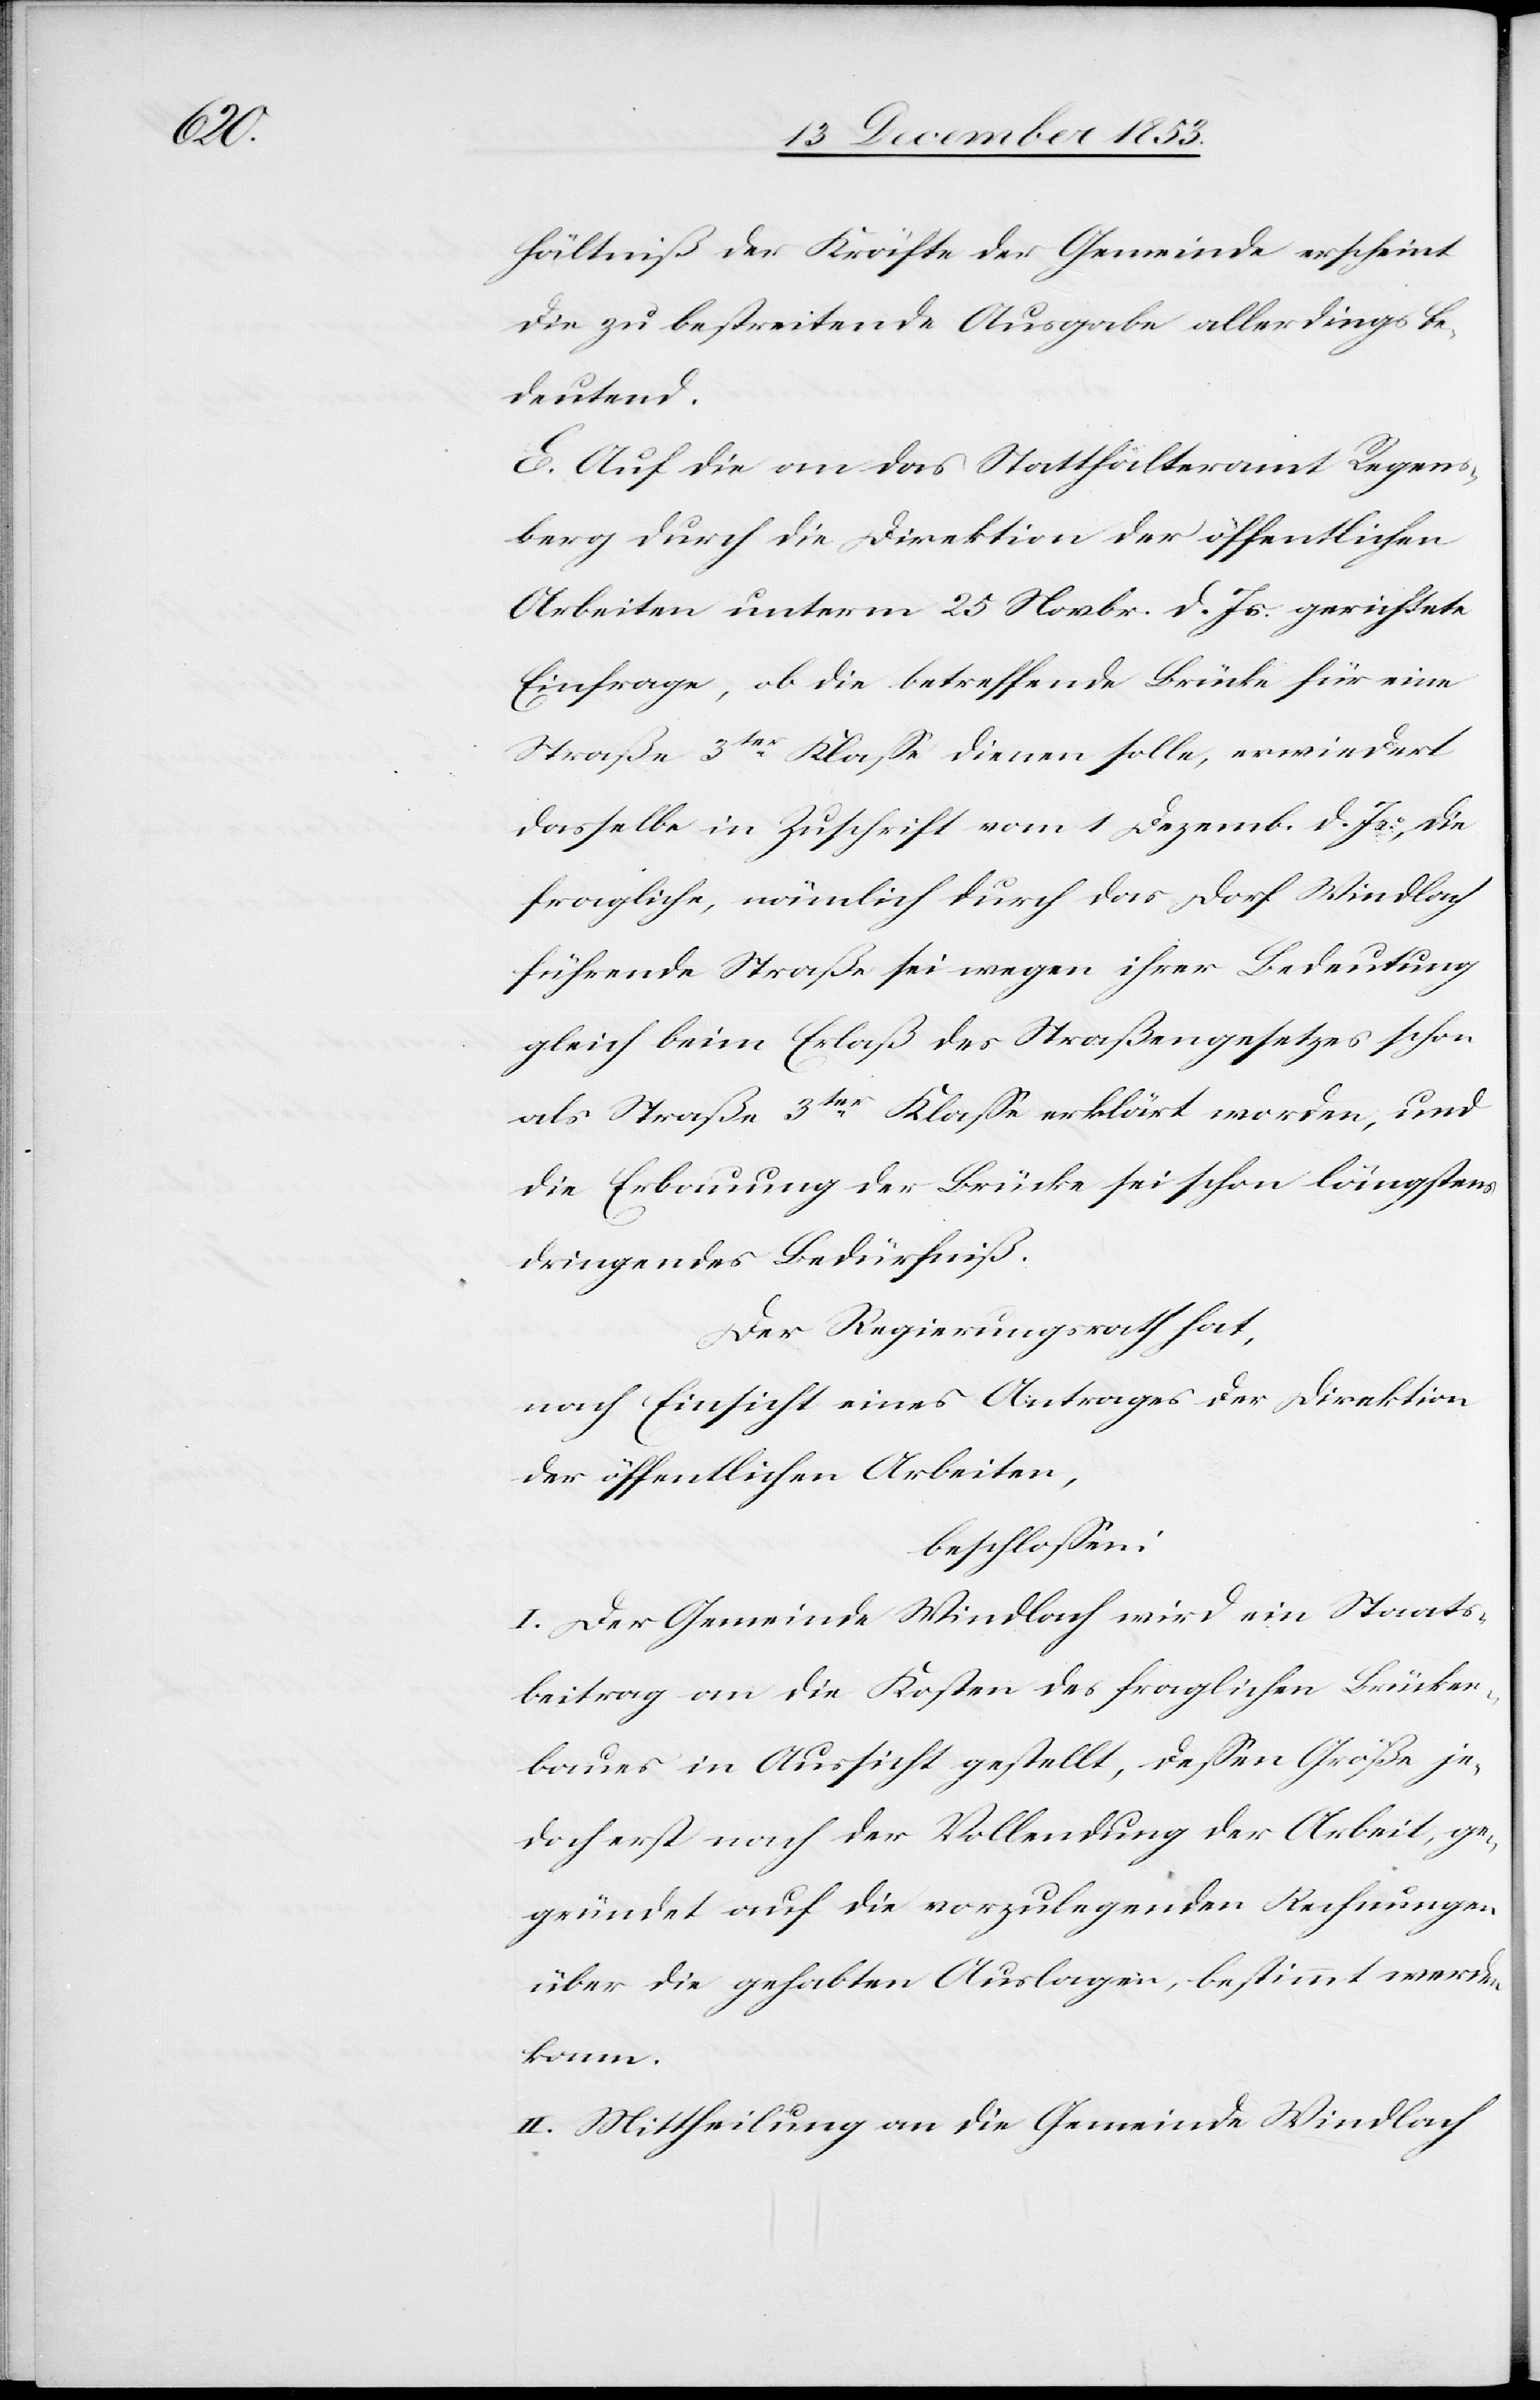
hältniß der Kräfte der Gemeinde erscheint
die zu bestreitende Ausgabe allerdings be¬
deutend.
E. Auf die an das Statthalteramt Regens¬
berg durch die Direktion der öffentlichen
Arbeiten unterm 25 Novbr. d. Js. gerichtete
Einfrage, ob die betreffende Brücke für eine
Straße 3ter Klaße dienen solle, erwiedert
dasselbe in Zuschrift vom 1 Dezemb. d. Js., die
fragliche, nämlich durch das Dorf Windlach
führende Straße sei wegen ihrer Bedeutung
gleich beim Erlaß des Straßengesetzes schon
als Straße 3ter Klaße erklärt worden, und
die Erbauung der Brücke sei schon längstens
dringendes Bedürfniß.
Der Regierungsrath hat,
nach Einsicht eines Antrages der Direktion
der öffentlichen Arbeiten,
beschloßen:
I. Der Gemeinde Windlach wird ein Staats¬
beitrag an die Kosten des fraglichen Brücken¬
baues in Aussicht gestellt, deßen Größe je¬
doch erst nach der Vollendung der Arbeit, ge¬
gründet auf die vorzulegenden Rechnungen
über die gehabten Auslagen, bestimmt werden
kann.
II. Mittheilung an die Gemeinde Windlach